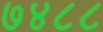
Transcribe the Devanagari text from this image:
७४८८